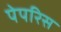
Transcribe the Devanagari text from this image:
पेपरिस